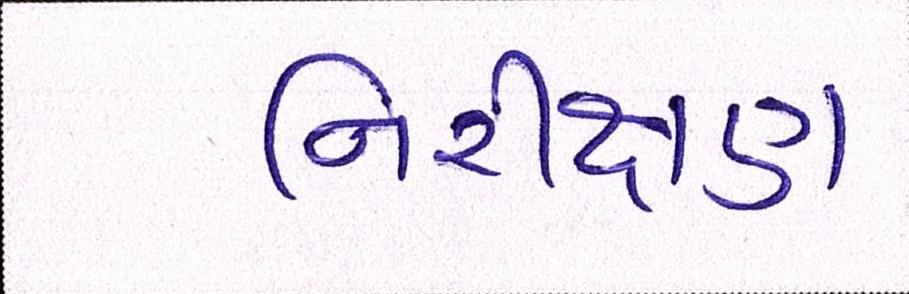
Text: નિરીક્ષણ